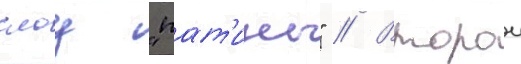
слоу "пат'ины" // Второи